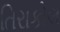
તિરાકોલ